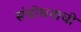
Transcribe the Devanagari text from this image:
संबोधनाची